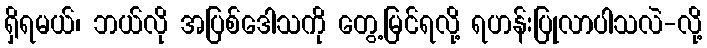
ရှိရမယ်၊ ဘယ်လို အပြစ်ဒေါသကို တွေ့မြင်ရလို့ ရဟန်းပြုလာပါသလဲ-လို့